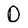
Character: D